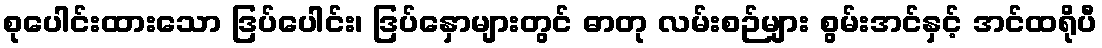
စုပေါင်းထားသော ဒြပ်ပေါင်း၊ ဒြပ်နှောများတွင် ဓာတု လမ်းစဉ်များ စွမ်းအင်နှင့် အင်ထရိုပီ